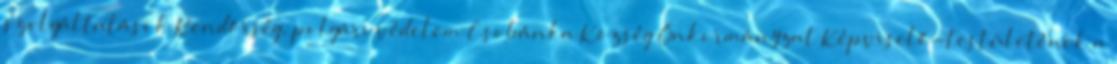
szolgáltatások Rendőrség, polgári védelem Csobánka Község Önkormányzat Képviselő-testületének a